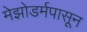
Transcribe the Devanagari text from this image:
मेझोडर्मपासून